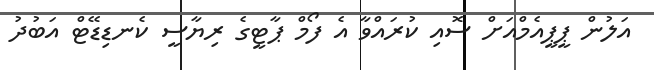
އަލުން ޕީޕީއެމްއަށް ސޮއި ކުރައްވާ އެ ފޯމް ޕާޓީގެ ރިޔާސީ ކެނޑިޑޭޓް އަބުދު